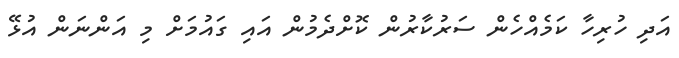
އަދި ހުރިހާ ކަމެއްހެން ސަރުކާރުން ކޮށްދެމުން އައި ގައުމަށް މި އަންނަން އުޅޭ